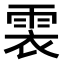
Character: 𩂱